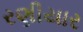
રણીયાર